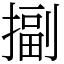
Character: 㨽